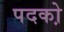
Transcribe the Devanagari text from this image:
पदको़